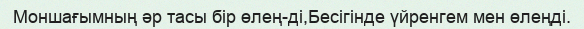
Моншағымның әр тасы бір өлең-ді,Бесігінде үйренгем мен өлеңді.